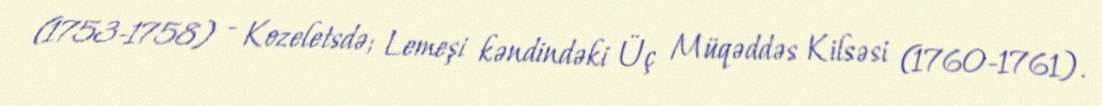
(1753-1758) - Kozeletsdə; Lemeşi kəndindəki Üç Müqəddəs Kilsəsi (1760-1761).